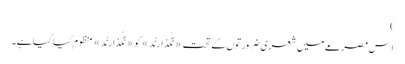
)
اِس مصرعے میں شعری ضرورتوں کے تحت «نَگُذارَنْد» کو «نَگْذارَنْد» منظوم کیا گیا ہے۔